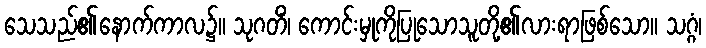
သေသည်၏နောက်ကာလ၌။ သုဂတိံ၊ ကောင်းမှုကိုပြုသောသူတို့၏လားရာဖြစ်သော။ သဂ္ဂံ၊